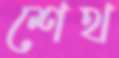
শেথ